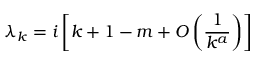
\lambda _ { k } = i \left[ k + 1 - m + { \cal O } \left( \frac { 1 } { k ^ { a } } \right) \right]